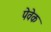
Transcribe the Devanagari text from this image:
पेवेक